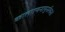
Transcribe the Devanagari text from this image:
कालगणनापुनर्रचना